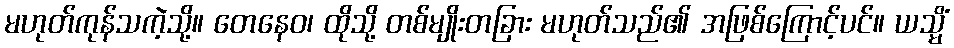
မဟုတ်ကုန်သကဲ့သို့။ တေနေဝ၊ ထိုသို့ တစ်မျိုးတခြား မဟုတ်သည်၏ အဖြစ်ကြောင့်ပင်။ ယသ္မိံ